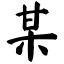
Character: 某